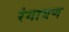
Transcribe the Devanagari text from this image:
रंगायण